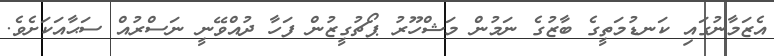
އެޒަމާނުގައި ކަނޑުމަތީގެ ބާޒުގެ ނަމުން މަޝްހޫރު ޕޯޗުގީޒުން ފަހާ ދުއްވޭނީ ނަސްރުއް ސަޙާއަކަށެވެ.